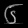
Digit: ၆